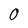
Character: O